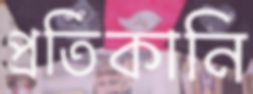
প্রতিকানি